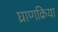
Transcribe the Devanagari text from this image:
घ्राणक्रिया